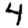
Digit: 4